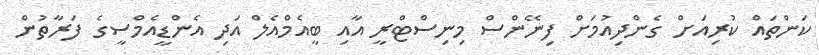
ކަންތައް ކުރިއަށް ގެންދިއުމަށް ފިނޭންސް މިނިސްޓްރީ އާއި ބީއެމްއެލް އަދި އެންޑީއެމްސީގެ ފަރާތުން